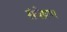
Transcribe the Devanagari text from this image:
संपेष्रण